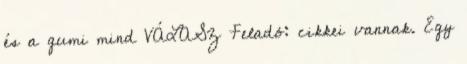
és a gumi mind VÁLASZ Feladó: cikkei vannak. Egy